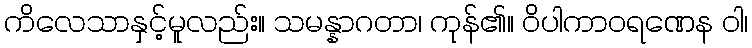
ကိလေသာနှင့်မူလည်း။ သမန္နာဂတာ၊ ကုန်၏။ ဝိပါကာဝရဏေန ဝါ၊